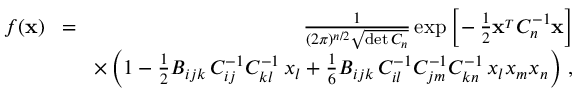
\begin{array} { r l r } { f ( { \bf x } ) } & { \! = \! } & { { \frac { 1 } { ( 2 \pi ) ^ { n / 2 } \sqrt { \operatorname* { d e t } C _ { n } } } } \exp \Big [ \! - { \frac { 1 } { 2 } } { \bf x } ^ { _ T } C _ { n } ^ { - 1 } { \bf x } \Big ] } \\ & { } & { \times \left( 1 - { \frac { 1 } { 2 } } B _ { i j k } \, C _ { i j } ^ { - 1 } C _ { k l } ^ { - 1 } \, x _ { l } + { \frac { 1 } { 6 } } B _ { i j k } \, C _ { i l } ^ { - 1 } C _ { j m } ^ { - 1 } C _ { k n } ^ { - 1 } \, x _ { l } x _ { m } x _ { n } \right) \, , } \end{array}